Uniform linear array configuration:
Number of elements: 16
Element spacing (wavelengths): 0.5
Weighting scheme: hann
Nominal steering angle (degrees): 0
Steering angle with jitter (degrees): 1.31
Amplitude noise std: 0.05
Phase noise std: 0.05

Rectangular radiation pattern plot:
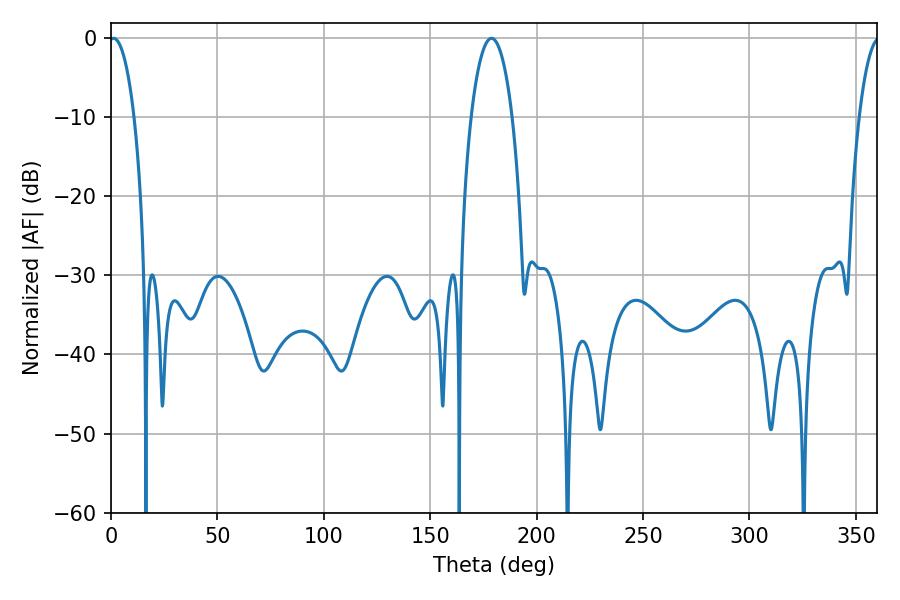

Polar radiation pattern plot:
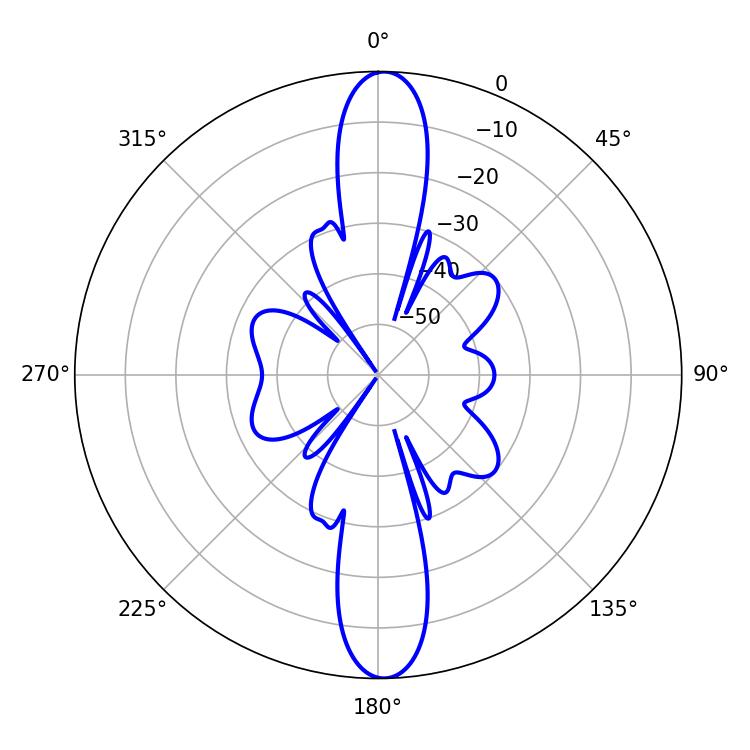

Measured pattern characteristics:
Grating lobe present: FALSE
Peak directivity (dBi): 23.83
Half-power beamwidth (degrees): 6.66
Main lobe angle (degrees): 1.26